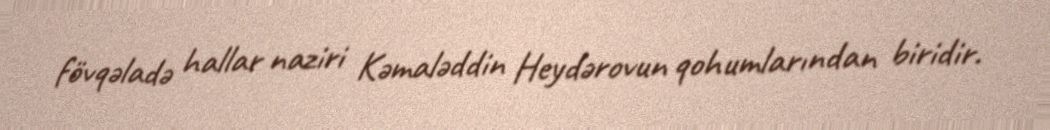
fövqəladə hallar naziri Kəmaləddin Heydərovun qohumlarından biridir.